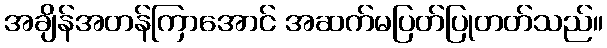
အချိန်အတန်ကြာအောင် အဆက်မပြတ်ပြုတတ်သည်။